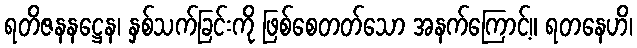
ရတိဇနနဋ္ဌေန၊ နှစ်သက်ခြင်းကို ဖြစ်စေတတ်သော အနက်ကြောင့်။ ရတနေဟိ၊